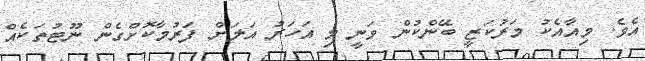
އެވެ. މިއާއެކު މަރުކަޒީ ބޭންކުން ވަނީ މި އަހަރު އަލަށް ފަރުމާކޮށްގެން ނޫޓުތަކެއް